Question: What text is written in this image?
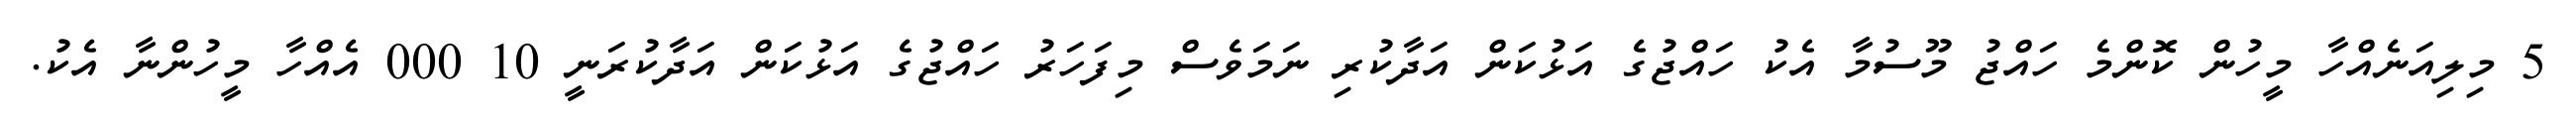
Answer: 5 މިލިއަނެއްހާ މީހުން ކޮންމެ ހައްޖު މޫސުމާ އެކު ހައްޖުގެ އަޅުކަން އަދާކުރި ނަމަވެސް މިފަހަރު ހައްޖުގެ އަޅުކަން އަދާކުރަނީ 10 000 އެއްހާ މީހުންނާ އެކު.